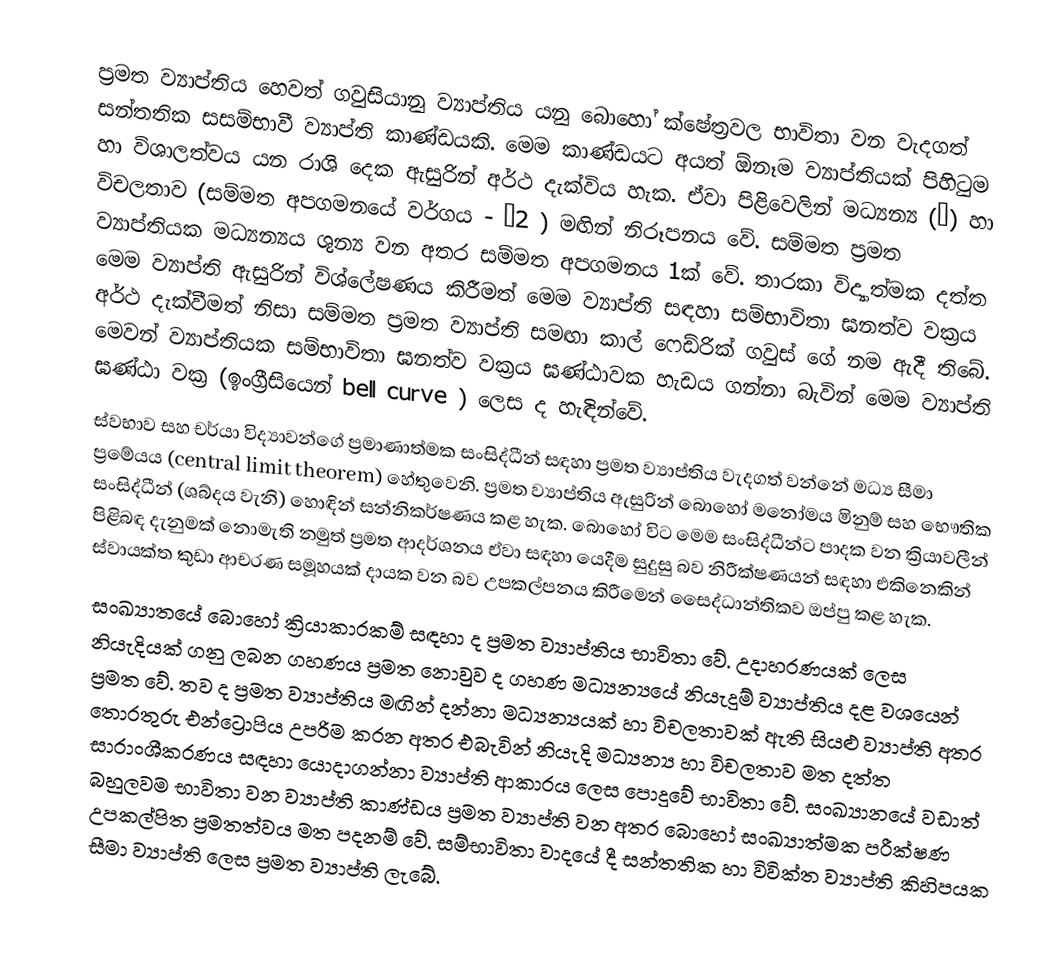
ප්‍රමත ව්‍යාප්තිය හෙවත් ගවුසියානු  ව්‍යාප්තිය යනු බොහෝ ක්ෂේත්‍රවල භාවිතා වන වැදගත් සන්තතික සසම්භාවී ව්‍යාප්ති කාණ්ඩයකි. මෙම කාණ්ඩයට අයත් ඕනෑම ව්‍යාප්තියක් පිහිටුම හා විශාලත්වය යන රාශි දෙක ඇසු‍රින් අර්ථ දැක්විය හැක. ඒවා පිළිවෙලින් මධ්‍යන්‍ය (μ) හා විචලතාව (සම්මත අපගමනයේ වර්ගය - σ2 ) මඟින් නිරූපනය වේ. සම්මත ප්‍රමත ව්‍යාප්තියක මධ්‍යන්‍යය ශුන්‍ය වන අතර සම්මත අපගමනය 1ක් වේ. තාරකා විද්‍යාත්මක  දත්ත මෙම ව්‍යාප්ති ඇසුරින් විශ්ලේෂණය කිරීමත් මෙම ව්‍යාප්ති සඳහා සම්භාවිතා ඝනත්ව වක්‍රය අර්ථ දැක්වීමත් නිසා සම්මත ප්‍රමත ව්‍යාප්ති සමඟා කාල් ‍‍ෆෙඩ්රික් ගවුස් ගේ නම ඇදී තිබේ. මෙවන් ව්‍යාප්තියක සම්භාවිතා ඝනත්ව වක්‍රය ඝණ්ඨාවක හැඩය ගන්නා බැවින් මෙම ව්‍යාප්ති ඝණ්ඨා වක්‍ර (ඉංග්‍රීසියෙන් bell curve ) ලෙස ද හැඳින්වේ.
ස්වභාව සහ චර්යා විද්‍යාවන්ගේ ප්‍රමාණාත්මක සංසිද්ධීන් සඳහා ප්‍රමත ව්‍යාප්තිය වැදගත් වන්නේ මධ්‍ය සීමා ප්‍රමේයය (central limit theorem) හේතුවෙනි. ප්‍රමත ව්‍යාප්තිය ඇසුරින් බොහෝ මනෝමය මිනුම් සහ භෞතික සංසිද්ධීන් (ශබ්දය වැනි) හොඳින් සන්නිකර්ෂණය කළ හැක. බොහෝ විට මෙම සංසිද්ධීන්ට පාදක වන ක්‍රියාවලීන් පිළිබඳ දැනුමක් නොමැති නමුත් ප්‍රමත ආදර්ශනය ඒවා සඳහා යෙදීම සුදුසු බව නිරීක්ෂණයන් සඳහා එකිනෙකින් ස්වායක්ත  කුඩා ආචරණ සමූහයක් දායක වන බව උපකල්පනය කිරීමෙන් සෛද්ධාන්තිකව ඔප්පු කළ හැක.
සංඛ්‍යාතයේ බොහෝ ක්‍රියාකාරකම් සඳහා ද ප්‍රමත ව්‍යාප්තිය භාවිතා වේ. උදාහරණයක් ලෙස නියැදියක් ගනු ලබන ගහණය ප්‍රමත නොවුව ද ගහණ මධ්‍යන්‍යයේ නියැදුම් ව්‍යාප්තිය දළ වශයෙන් ප්‍රමත  වේ. තව ද ප්‍රමත ව්‍යාප්තිය මඟින් දන්නා මධ්‍යන්‍යයක් හා විචලතාවක් ඇති සියළු ව්‍යාප්ති අතර තොරතුරු එන්ට්‍රොපිය උපරිම කරන අතර එබැවින් නියැදි මධ්‍යන්‍ය හා විචලතාව මත දත්ත සාරාංශීකරණය සඳහා යොදාගන්නා ව්‍යාප්ති ආකාරය ලෙස පොදුවේ භාවිතා වේ. සංඛ්‍යානයේ වඩාත් බහුලවම භාවිතා වන ව්‍යාප්ති කාණ්ඩය ප්‍රමත ව්‍යාප්ති වන අතර බොහෝ සංඛ්‍යාත්මක පරීක්ෂණ උපකල්පිත ප්‍රමතත්වය මත පදනම් වේ. සම්භාවිතා වාදයේ දී සන්තතික හා විවික්ත ව්‍යාප්ති කිහිපයක සීමා ව්‍යාප්ති ලෙස ප්‍රමත ව්‍යාප්ති ලැබේ.